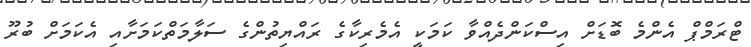
ޓްރަމްޕް އެންމެ ބޮޑަށް އިސްކަންދެއްވާ ކަމަކީ އެމެރިކާގެ ރައްޔިތުންގެ ސަލާމަތްކަމަށާއި އެކަމަށް ބުރޫ